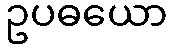
ဥပဓယော